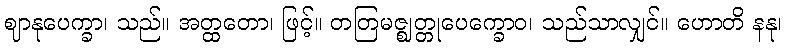
ဈာနုပေက္ခာ၊ သည်။ အတ္ထတော၊ ဖြင့်။ တတြမဇ္ဈတ္တုပေက္ခောဝ၊ သည်သာလျှင်။ ဟောတိ နနု၊